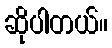
ဆိုပါတယ်။